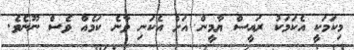
މިކަމަކީ އެކަމަކު ރައީސް ޔާމީން އަށް އެކަނި ވާނެ ކަމެއް ވެސް ނޫނެވެ.